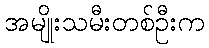
အမျိုးသမီးတစ်ဦးက